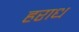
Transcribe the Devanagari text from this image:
हराध